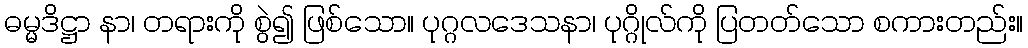
ဓမ္မဒိဋ္ဌာ နာ၊ တရားကို စွဲ၍ ဖြစ်သော။ ပုဂ္ဂလဒေသနာ၊ ပုဂ္ဂိုလ်ကို ပြတတ်သော စကားတည်း။